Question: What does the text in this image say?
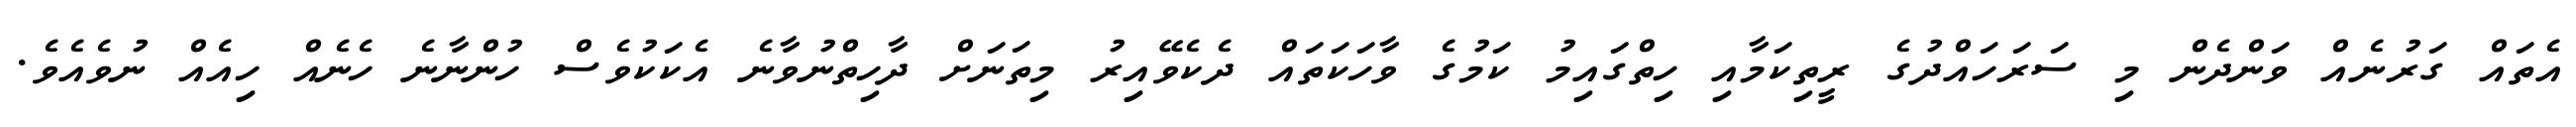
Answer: އެތައް ގަރުނެއް ވަންދެން މި ސަރަހައްދުގެ ރީތިކަމާއި ހިތްގައިމު ކަމުގެ ވާހަކަތައް ދެކެވޭއިރު މިތަނަށް ދާހިތްނުވާނެ އެކަކުވެސް ހުންނާނެ ހެނެއް ހިއެއް ނުވެއެވެ.